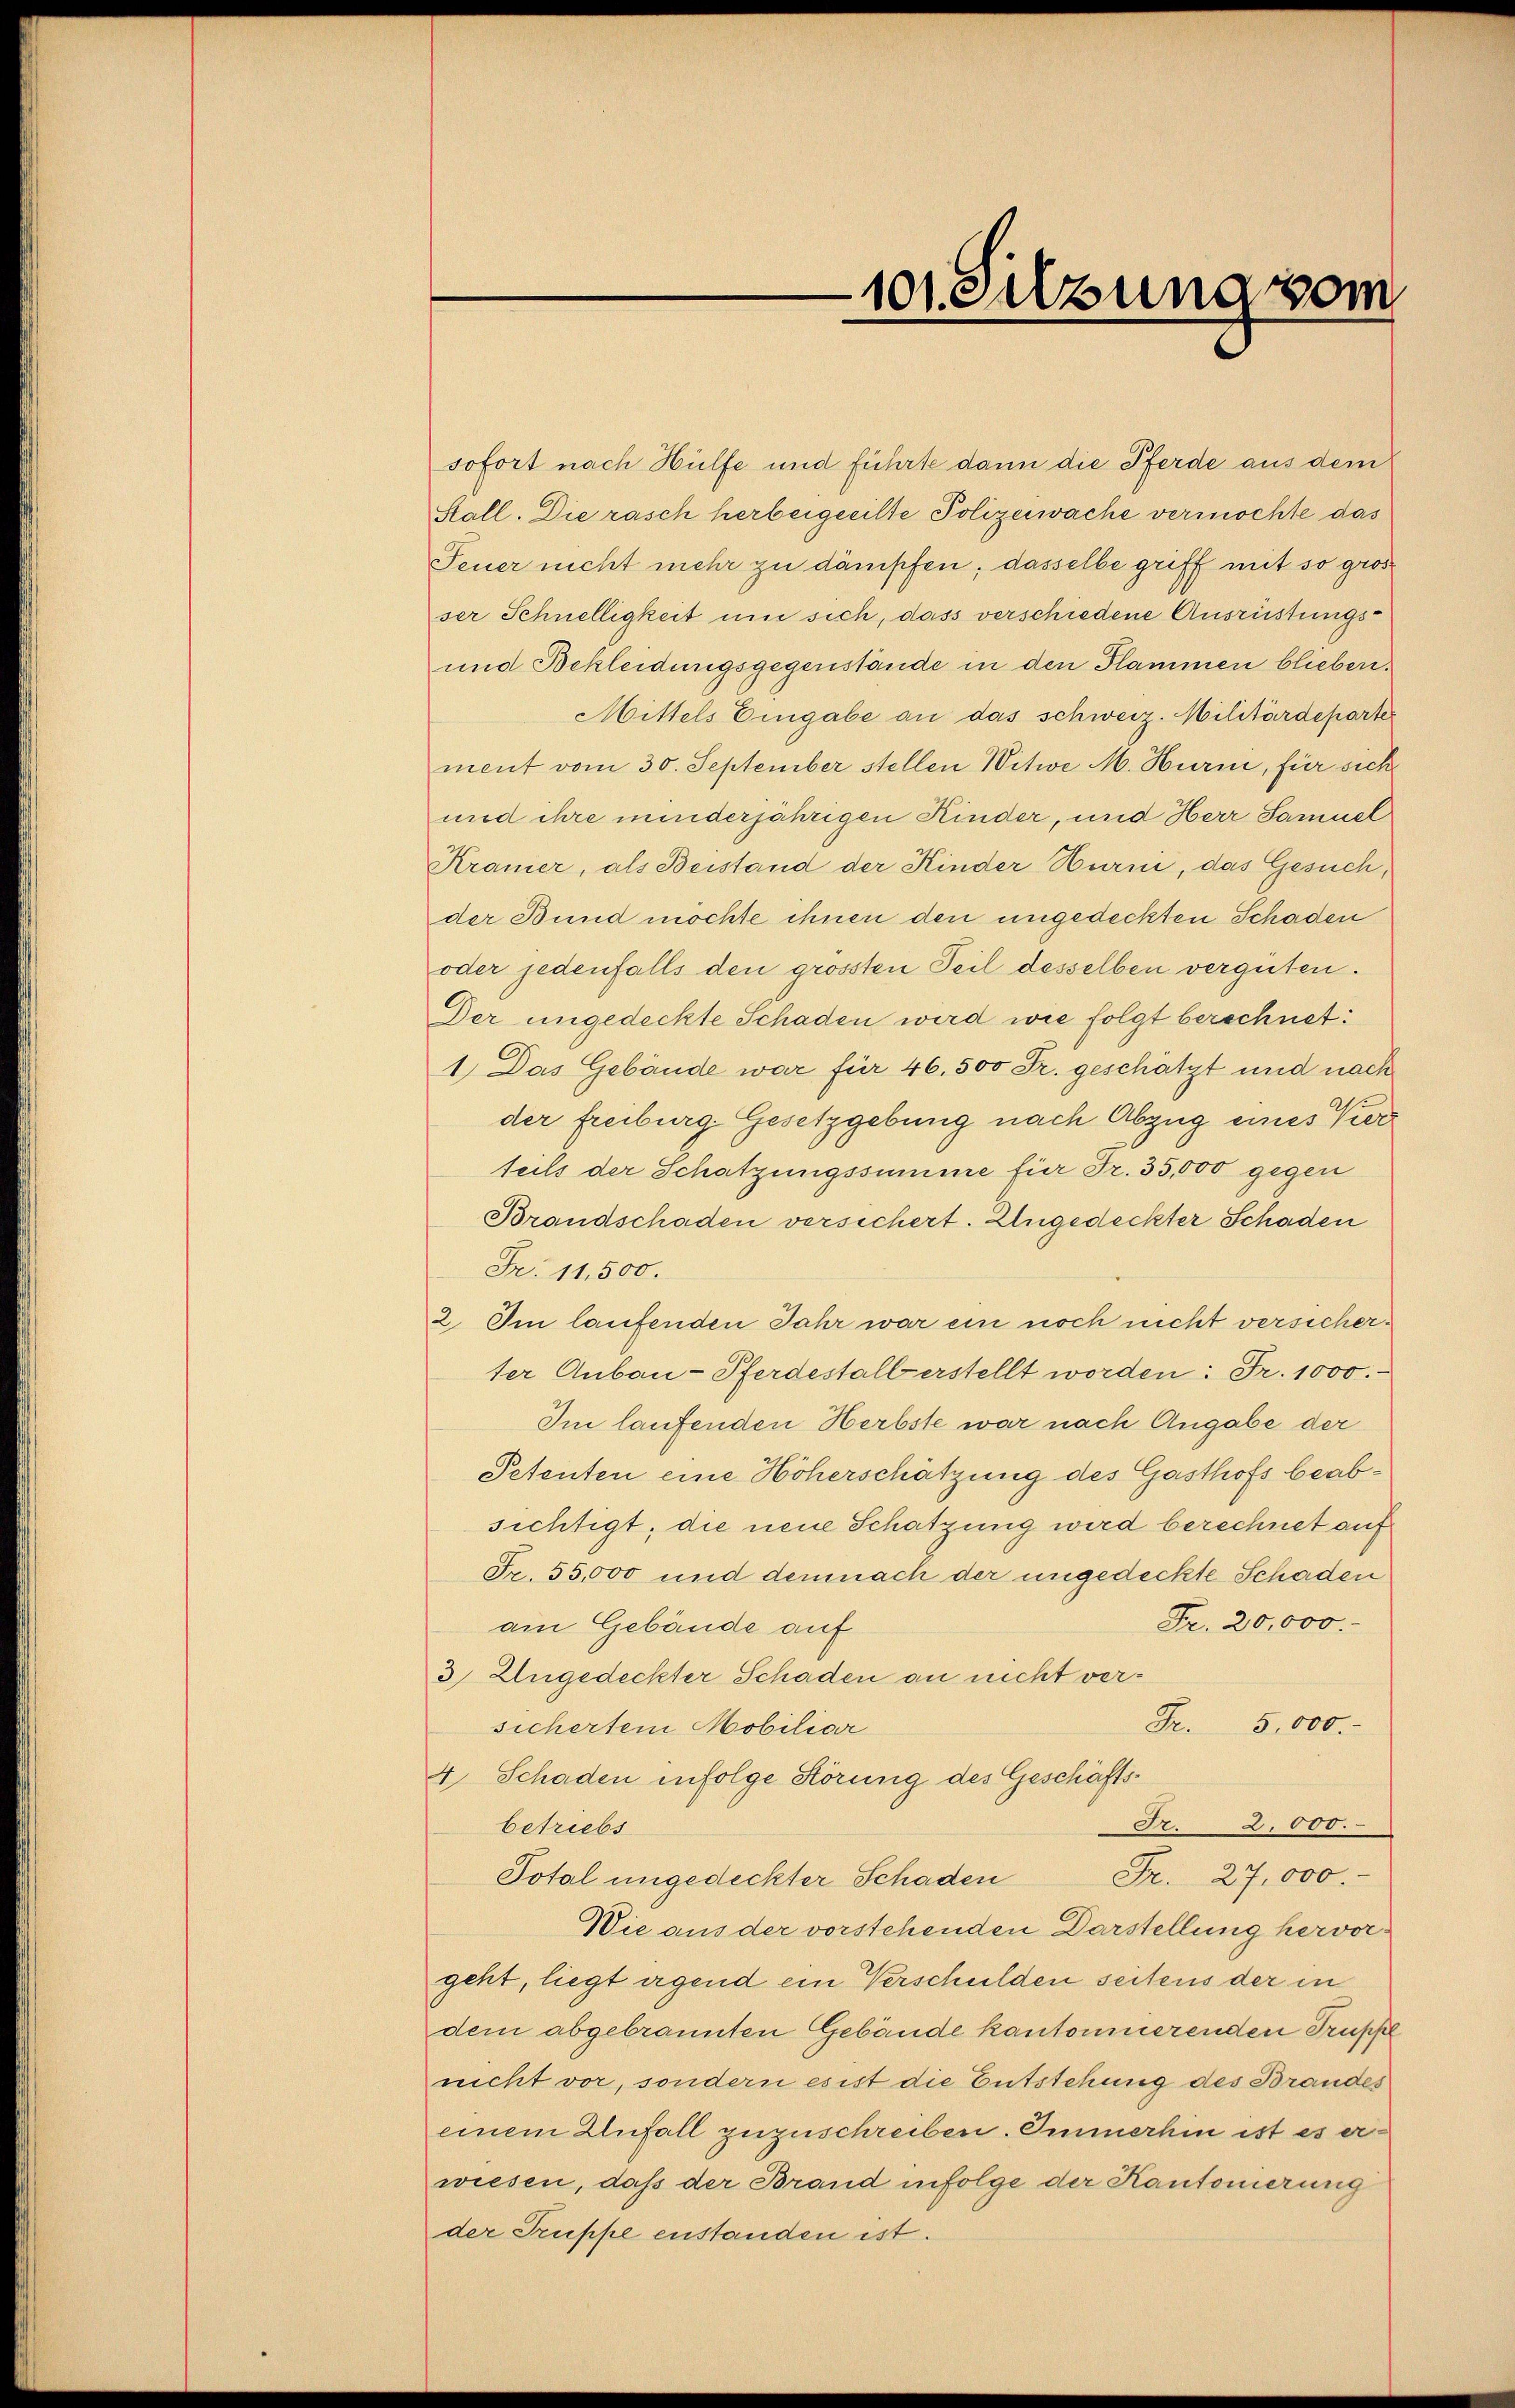
sofort nach Hülfe und führte dann die Pferde aus dem
Stall. Die rasch herbeigeeilte Polizeiwache vermöchte das
Feuer nicht mehr zu dämpfen; dasselbe griff mit so gros
ser Schnelligkeit um sich, dass verschiedene Ausrüstungs¬
und Bekleidungsgegenstände in den Flammen blieben.
Mittels Eingabe an das schweiz. Militärdeparte
ment vom 30. September stellen Witwe M. Hurm, für sich
und ihre minderjährigen Kinder, und Herr Samuel
Kramer, als Beistand der Kinder Hurm, das Gesuch,
der Bund möchte ihnen den ungedeckten Schaden
oder jedenfalls den grossten Teil desselben vergüten.
Der ungedeckte Schaden wird wie folgt berechnet:
1.) Das Gebäude war für 46. 500 Fr. geschätzt und nach
der freiburg-Gesetzgebung nach Abzug eines Vierteils der Schatzungssumme für Fr. 35,000 gegen
Brandschaden versichert. Ungedeckter Schaden
Fr. 11,500.
2. Im laufenden Jahr war ein noch nicht versicherter Anbau-Pferdestalt erstellt worden: Fr. 1000.-
Im laufenden Herbste war nach Angabe der
Petenten eine Höherschätzung des Gasthofs beabsichtigt; die neue Schatzung wird berechnet auf
Fr. 55,000 und demnach der ungedeckte Schaden
Fr. 20,000.
am Gebäude auf
3) Ungedeckter Schaden an nicht ver¬
Fr. 5,000.
sicherten Mobiliar
4. Schaden infolge Störung des Geschäfts¬
A. 2.000.
betriebs
Total ungedeckter Schaden Fr. 27,000.-
Wie aus der vorstehenden Darstellung hervor-
geht, liegt irgend ein Verschulden seitens der in
dem abgebrannten Gebäude kantonnierenden Trupfl
nicht vor, sondern es ist die Entstehung des Brandes
einem Anfall zuzuschreiben. Emmerhin ist es erwiesen, daß der Brand infolge der Kantonierung
der Truppe enstanden ist.

101 Sitzung vom